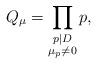
LaTeX: \begin{align*}Q_\mu = \prod_{\substack{p \mid D\\ \mu_p\neq 0}} p ,\end{align*}